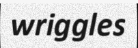
wriggles